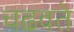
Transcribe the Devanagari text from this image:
चढवते